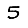
Digit: 5